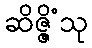
ဆိဇ္ဇိံသု